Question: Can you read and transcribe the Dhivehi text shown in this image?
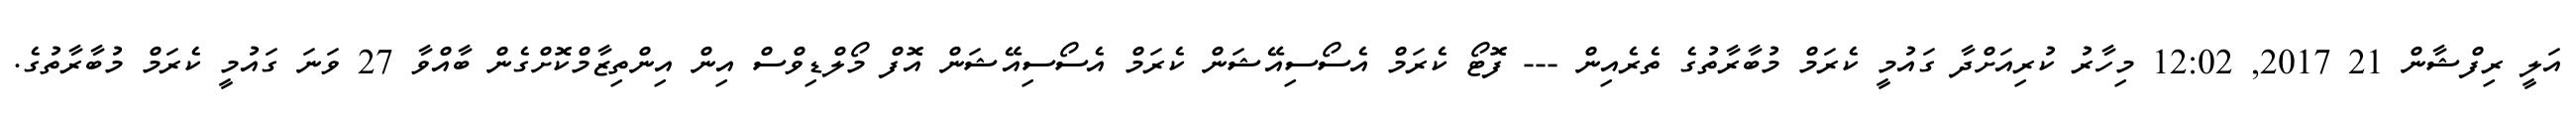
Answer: އަލީ ރިފްޝާން 21 2017, 12:02 މިހާރު ކުރިއަށްދާ ގައުމީ ކެރަމް މުބާރާތުގެ ތެރެއިން --- ފޮޓޯ ކެރަމް އެސޯސިއޭޝަން ކެރަމް އެސޯސިއޭޝަން އޮފް މޯލްޑިވްސް އިން އިންތިޒާމްކޮށްގެން ބާއްވާ 27 ވަނަ ގައުމީ ކެރަމް މުބާރާތުގެ.